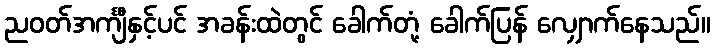
ညဝတ်အင်္ကျီနှင့်ပင် အခန်းထဲတွင် ခေါက်တုံ့ ခေါက်ပြန် လျှောက်နေသည်။